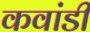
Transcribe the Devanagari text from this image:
कवांडी